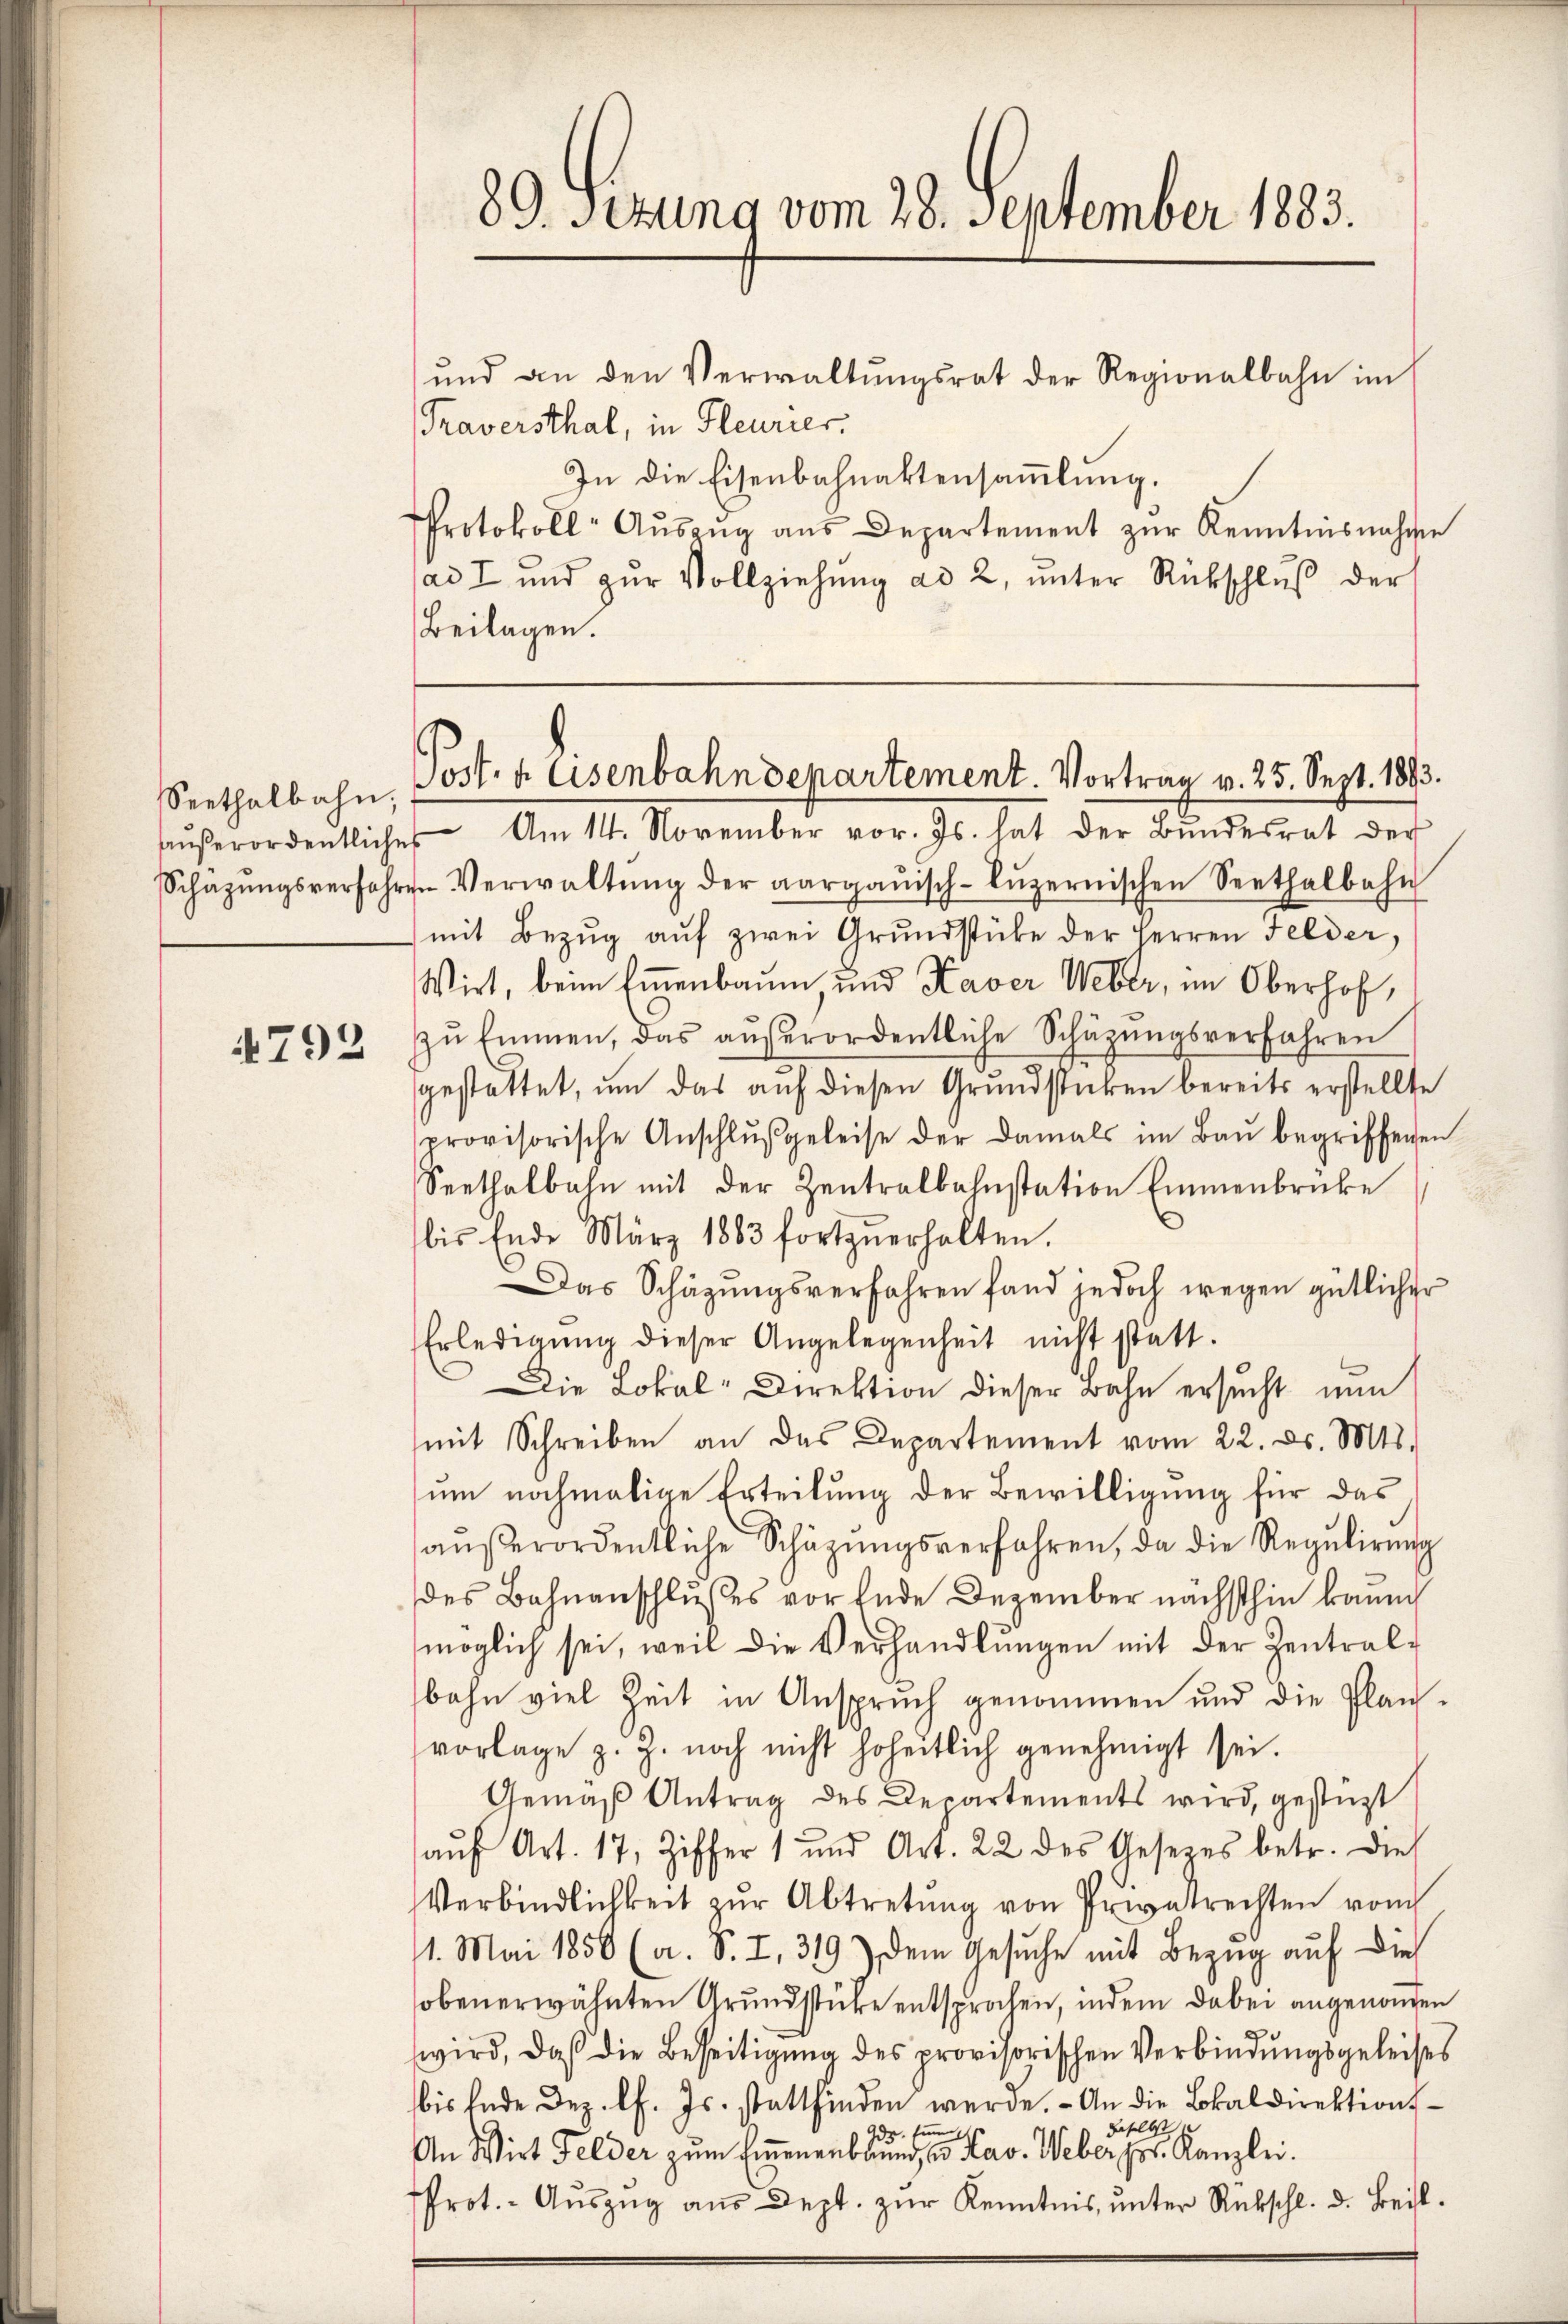
4792

und an den Verwaltŭngsrat der Regionalbahn im
Traversthal, in Fleurier.
In die Eisenbahnaktensammlung.
Protokoll- Aŭszŭg aŭs Departement zŭr Kenntnisnahme
ad I und zŭr Vollziehung ad 2, ŭnter Rückschlŭβ der
Beilagen.

89. sezung vom 28. September 1883.

Seethalbahn. Post. v. Eisenbahndepartement. Vortrag v. 25. Sept. 1893.

aŭβerordentliches Am 14. November vor. Js. hat der Bŭndesrat der
Schäzŭngsverfahren Verwaltŭng der aargauisch-Lŭzernischen Seethalbahn
mit Bezŭg aŭf zwei Grŭndstüke der Herren Felder,
Wirt, beim Emmenbaum, und Kaver Weber, im Oberhof,
zŭ Emmen, das aŭβerordentliche Schüzŭngsverfahren
gestattet, um das aŭf diesen Grundstücken bereits erstellte
provisorische Anschlŭβgeleise der damals im Baŭ begriffenen
Seethalbahn mit der Zentralbahnstation Emmenbrücke
bis Ende März 1883 fortzŭerhalten.
Das Schäzungsverfahren fand jedoch wegen gütlicher
Erledigŭng dieser Angelegenheit nicht statt.
Die Lokal-Direktion dieser Bahn ersucht nun
mit Schreiben an das Departement vom 22. d. Mts.
um nochmalige Erteilung der Bewilligung für das
aŭβerordentliche Schäzŭngsverfahren, da die Regulirung
des Bahnanschlußes vor Ende Dezember nächsthin kaum
möglich sei, weil die Verhandlŭngen mit der Zentral-
bahn viel Zeit in Anspruch genommen und die Planvorlage z. Z. noch nicht hoheitlich genehmigt sei.
Gemäß Antrag des Departements wird, gestüzt
aŭf Art. 17, Ziffer 1 und Art. 22 des Gesezes betr. dies
Verbindlichkeit zŭr Abtretŭng von Privatrechten vom
11. Mai 1850 (a. S. I, 319) dem Gesuche mit Bezug auf die
obenerwähnten Grundstücke entsprochen, indem dabei angenomen
wird, daß die Beseitigung des provisorischen Verbindungsgeleises
bis Ende Dez. l. Js. stattfinden werde. - An die Lokaldirektionsbeselbst
sinn
An Wirt Felder zum Einenentbund, wo Kav. Weber Hr. Kanzlei.
Prot. - Auszug aus Dept. zur Kenntnis, unter Rückschl. d. Beil¬